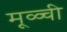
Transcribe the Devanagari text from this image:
मूळ्ची